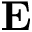
\mathbf { E }